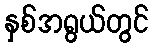
နှစ်အရွယ်တွင်